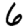
Digit: 6